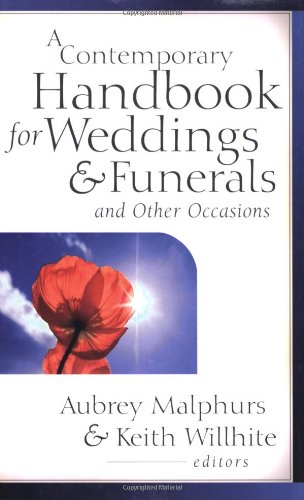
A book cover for A Contemporary Handbook for Weddings & Funerals: And Other Occasions; Aubrey Malphurs; Christian Books & Bibles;